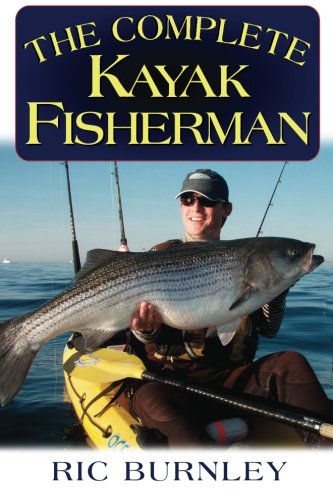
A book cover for The Complete Kayak Fisherman; Ric Burnley; Sports & Outdoors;